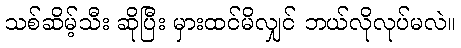
သစ်ဆိမ့်သီး ဆိုပြီး မှားထင်မိလျှင် ဘယ်လိုလုပ်မလဲ။